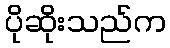
ပိုဆိုးသည်က